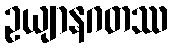
ဥယျာနဂတဿ